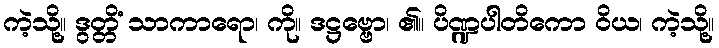
ကဲ့သို့။ ဒွတ္တိံ သာကာရော၊ ကို။ ဒဋ္ဌဗ္ဗော၊ ၏။ ပိဏ္ဍပါတိကော ဝိယ၊ ကဲ့သို့။